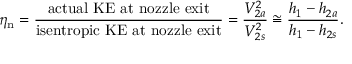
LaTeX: \eta _ { \mathrm { n } } = { \frac { \mathrm { a c t u a l ~ K E ~ a t ~ n o z z l e ~ e x i t } } { \mathrm { i s e n t r o p i c ~ K E ~ a t ~ n o z z l e ~ e x i t } } } = { \frac { V _ { 2 a } ^ { 2 } } { V _ { 2 s } ^ { 2 } } } \cong { \frac { h _ { 1 } - h _ { 2 a } } { h _ { 1 } - h _ { 2 s } } } .